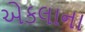
એકલાના